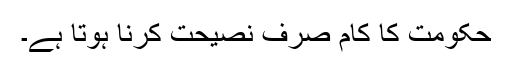
حکومت کا کام صرف نصیحت کرنا ہوتا ہے۔